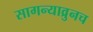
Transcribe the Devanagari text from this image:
सागन्याव्रुनच